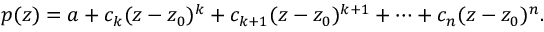
p ( z ) = a + c _ { k } ( z - z _ { 0 } ) ^ { k } + c _ { k + 1 } ( z - z _ { 0 } ) ^ { k + 1 } + \cdots + c _ { n } ( z - z _ { 0 } ) ^ { n } .